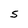
Character: S